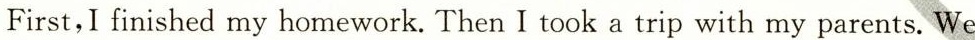
First,I finished my homework. Then I took a trip with my parents. We